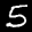
Label: 5